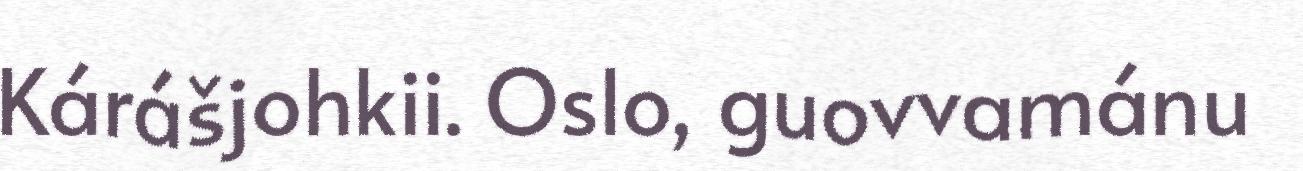
Kárášjohkii. Oslo, guovvamánu